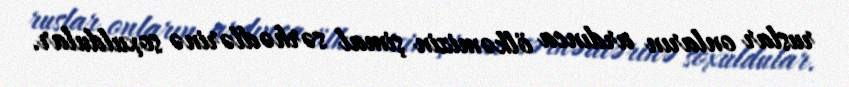
ruslar onların ardınca ölkəmizin şimal sərhədlərinə soxuldular.